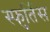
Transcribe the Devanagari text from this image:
स्फुर्तिस